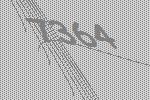
7364